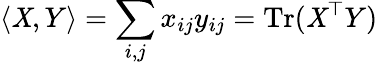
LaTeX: \langle\mathit{X},Y\rangle=\sum_{i,j}x_{ij}y_{ij}=\mathrm{{Tr}}(\mathit{X}^{\top}Y)